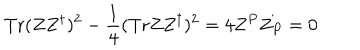
LaTeX: \mathrm { T r } ( Z Z ^ { \dagger } ) ^ { 2 } - { \frac { 1 } { 4 } } ( \mathrm { T r } Z Z ^ { \dagger } ) ^ { 2 } = 4 Z ^ { P } Z _ { P } = 0